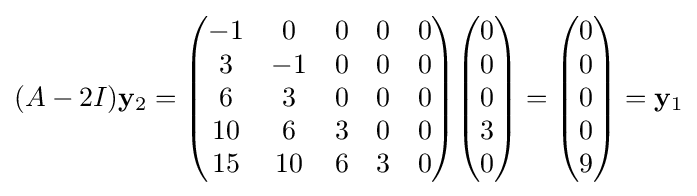
(A-2I)\mathbf {y} _{2}={\begin{pmatrix}-1&0&0&0&0\\3&-1&0&0&0\\6&3&0&0&0\\10&6&3&0&0\\15&10&6&3&0\end{pmatrix}}{\begin{pmatrix}0\\0\\0\\3\\0\end{pmatrix}}={\begin{pmatrix}0\\0\\0\\0\\9\end{pmatrix}}=\mathbf {y} _{1}